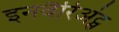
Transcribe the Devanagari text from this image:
इनवैरिअंट्स